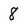
Character: 8